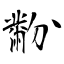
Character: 黺